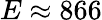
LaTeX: E\approx 866